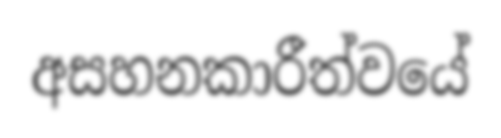
අසහනකාරීත්වයේ